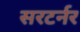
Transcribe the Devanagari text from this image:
सरटर्नर